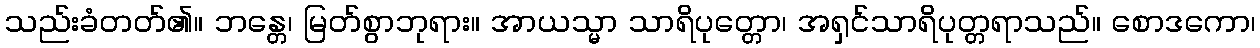
သည်းခံတတ်၏။ ဘန္တေ၊ မြတ်စွာဘုရား။ အာယသ္မာ သာရိပုတ္တော၊ အရှင်သာရိပုတ္တရာသည်။ စောဒကော၊